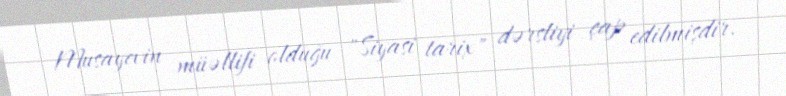
Musayevin müəllifi olduğu "Siyasi tarix" dərsliyi çap edilmişdir.